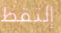
إلتقط